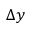
\Delta y